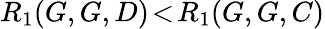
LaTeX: R_{1}(G,G,D)\! <\! R_{1}(G,G,C)